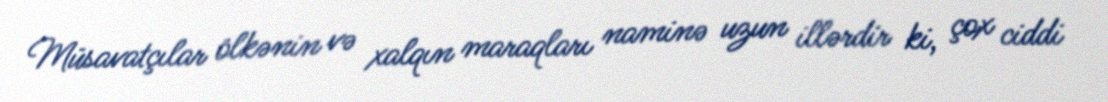
Müsavatçılar ölkənin və xalqın maraqları naminə uzun illərdir ki, çox ciddi